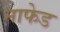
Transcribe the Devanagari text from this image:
नाफेड